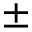
\pm